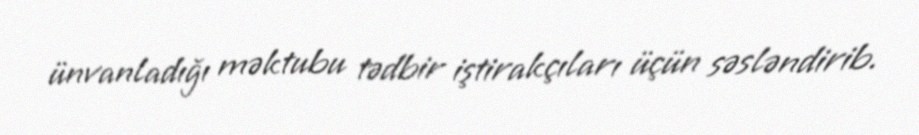
ünvanladığı məktubu tədbir iştirakçıları üçün səsləndirib.